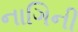
નાગિની